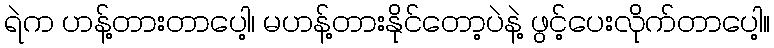
ရဲက ဟန့်တားတာပေါ့၊ မဟန့်တားနိုင်တော့ပဲနဲ့ ဖွင့်ပေးလိုက်တာပေါ့။